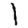
Digit: 1